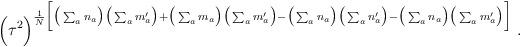
LaTeX: \begin{align*}\Big( \tau^2 \Big)^{ \frac{1}{N} \Big[\big(\sum_a n_a\big) \big(\sum_a m^\prime_a\big) +\big(\sum_a m_a\big) \big(\sum_a m^\prime_a\big) -\big(\sum_a n_a\big) \big(\sum_a n^\prime_a\big) -\big(\sum_a n_a\big) \big(\sum_a m^\prime_a\big) \Big]} \; .\end{align*}